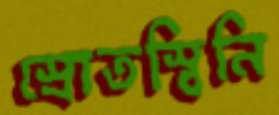
স্রোতস্বিনি